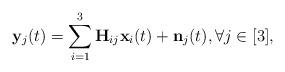
LaTeX: \begin{align*}{\bf y}_{j}(t)=\sum\limits_{i=1}^{3}{\bf H}_{ij}{\bf x}_{i}(t)+{\bf n}_{j}(t),\forall j \in [3],\end{align*}